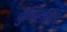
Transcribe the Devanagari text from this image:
युनिव्हर्सिटेट